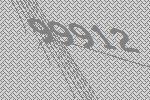
99912